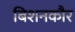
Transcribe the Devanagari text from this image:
बिशनकौर